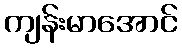
ကျန်းမာအောင်